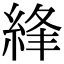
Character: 綘